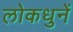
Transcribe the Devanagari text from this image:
लोकधुनें